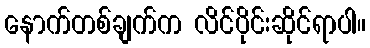
နောက်တစ်ချက်က လိင်ပိုင်းဆိုင်ရာပါ။